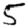
Digit: 5